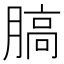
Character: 䐧